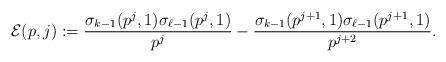
LaTeX: \begin{align*} \mathcal{E}(p,j) := \frac{\sigma_{k-1}(p^j,1)\sigma_{\ell-1}(p^j,1) } {p^{j}} - \frac{\sigma_{k-1}(p^{j+1},1)\sigma_{\ell-1}(p^{j+1},1) }{p^{j+2}}.\end{align*}